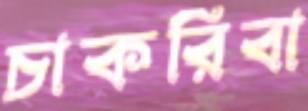
চাকরিবা